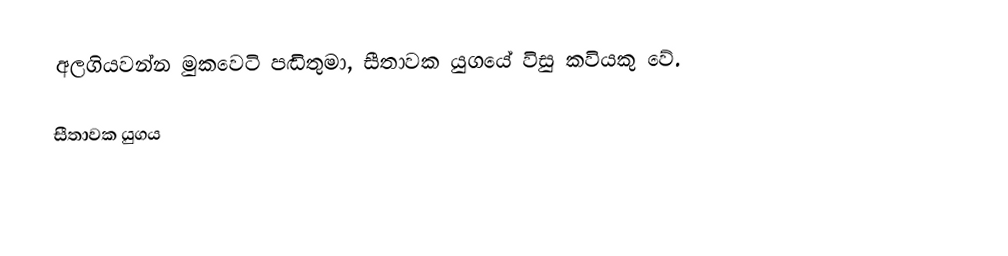
අලගියවන්න මුකවෙටි පඬිතුමා, සීතාවක යුගයේ විසු කවියකු වේ.

සීතාවක යුගය